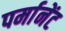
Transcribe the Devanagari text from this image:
पर्मानेंट